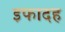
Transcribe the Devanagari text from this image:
इफादह